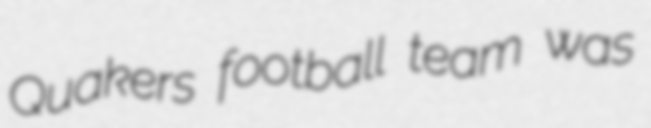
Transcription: Quakers football team was